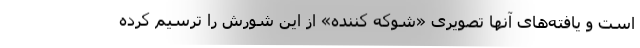
است و یافته‌های آنها تصویری «شوکه کننده» از این شورش را ترسیم کرده